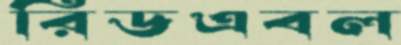
রিডএবল